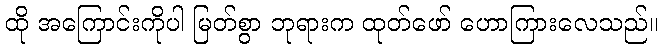
ထို အကြောင်းကိုပါ မြတ်စွာ ဘုရားက ထုတ်ဖော် ဟောကြားလေသည်။